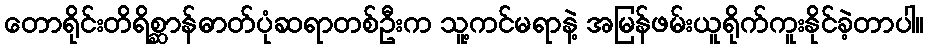
တောရိုင်းတိရိစ္ဆာန်ဓာတ်ပုံဆရာတစ်ဦးက သူ့ကင်မရာနဲ့ အမြန်ဖမ်းယူရိုက်ကူးနိုင်ခဲ့တာပါ။